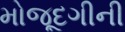
મોજૂદગીની